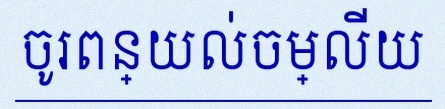
ចូរពន្យល់ចម្លើយ